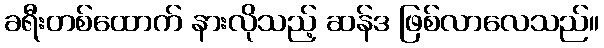
ခရီးတစ်ထောက် နားလိုသည့် ဆန်ဒ ဖြစ်လာလေသည်။